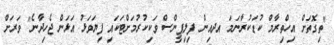
"ތިގޮތަށް އިހްތިރާމް ކުޑަކުރާނަމަ އދއިން ފިލިޕީންސް ވަކިކުރުމަށްޓަކައި ފިޔަވަޅު އަޅަން ޖެހިދާނެ" ވަރަށް